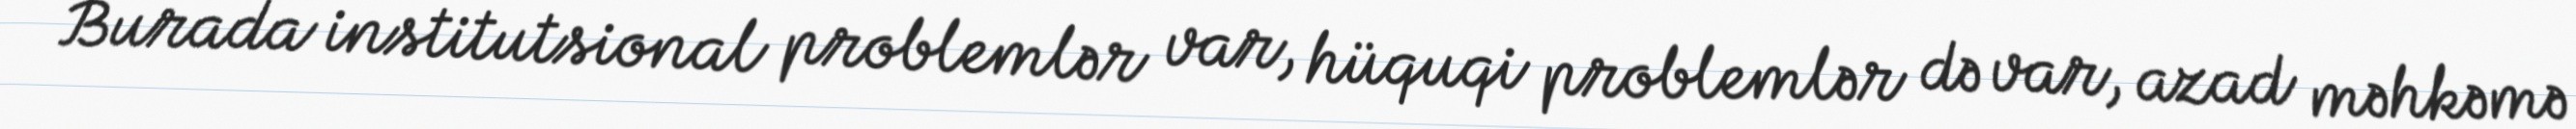
Burada institutsional problemlər var, hüquqi problemlər də var, azad məhkəmə